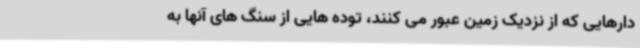
دارهایی که از نزدیک زمین عبور می کنند، توده هایی از سنگ های آنها به